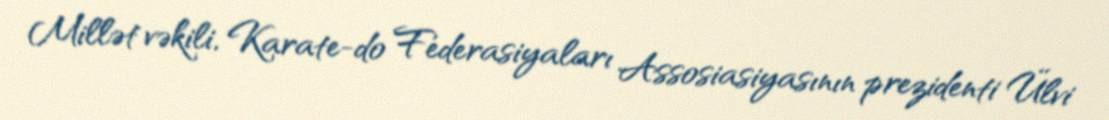
Millət vəkili, Karate-do Federasiyaları Assosiasiyasının prezidenti Ülvi